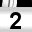
Digit: 2